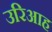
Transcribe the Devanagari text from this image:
उरिआह